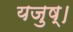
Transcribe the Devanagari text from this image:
यजुष्।